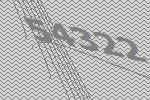
54322